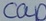
Text: cap